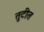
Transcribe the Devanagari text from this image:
तुटीत